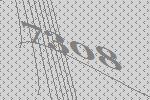
7308